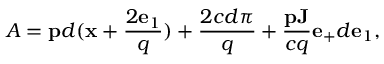
{ \cal A } = { \bf p } d ( { \bf x } + \frac { 2 { \bf e } _ { 1 } } { q } ) + \frac { 2 c d \pi } { q } + \frac { { \bf p J } } { c q } { \bf e } _ { + } d { \bf e } _ { 1 } ,